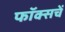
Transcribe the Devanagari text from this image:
फॉक्सचें